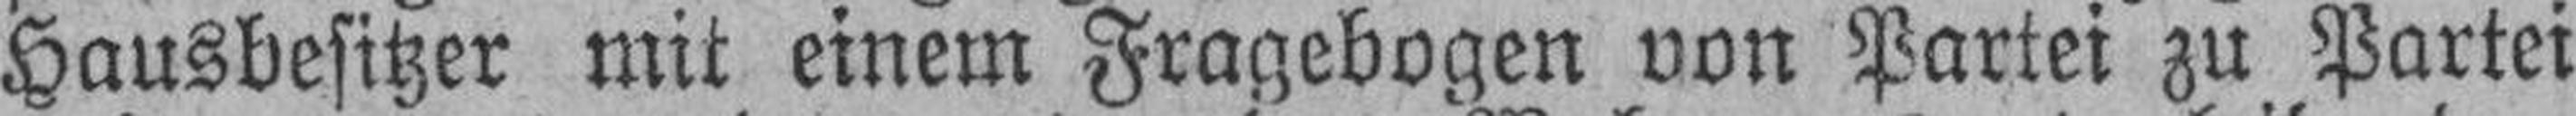
Hausbesitzer mit einem Fragebogen von Partei zu Partei